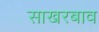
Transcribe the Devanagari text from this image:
साखरबाव